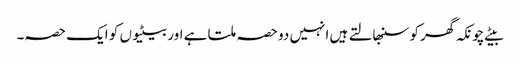
بیٹے چونکہ گھر کو سنبھالتے ہیں انہیں دو حصہ ملتا ہے اور بیٹیوں کو ایک حصہ۔